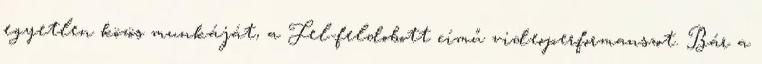
egyetlen közös munkáját, a Fel-feldobott című videoperformanszot. Bár a